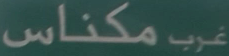
مكناس غرب